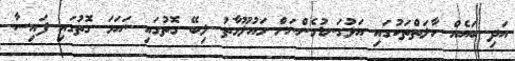
އަދި ބައެއް ހާލަތްތަކުގައި އަޅުގަނޑުމެންނަށް މައުލޫމާތު ލިބޭ ގޮތުގައި ނަހަމަ ގޮތުގައި ފައިސާ